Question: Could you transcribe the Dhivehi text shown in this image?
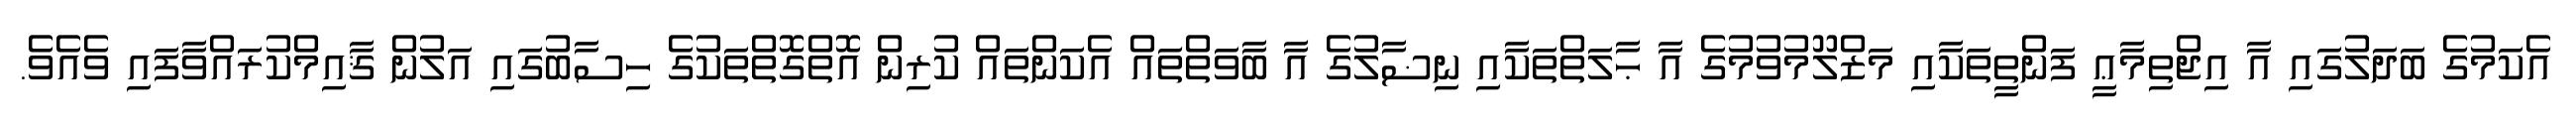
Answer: އެކަމުގެ ބަދަލުގައި އާ އިޖްތިމާޢީ ފަންތީތަކާއި މަޒްލޫމުވުމުގެ އާ ޙާލަތްތަކާއި ނިޟާލުގެ އާ ބާވަތްތައް އެކަންތައް ކުރިން އޮތްގޮތްތަކުގެ ހިސާބުގައި އަލުން ޤާއިމްކުރައްވާފައި ވެއެވެ.